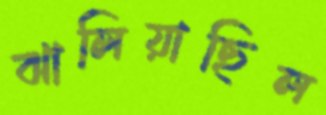
ঝালিয়াছিল